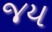
જય